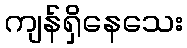
ကျန်ရှိနေသေး